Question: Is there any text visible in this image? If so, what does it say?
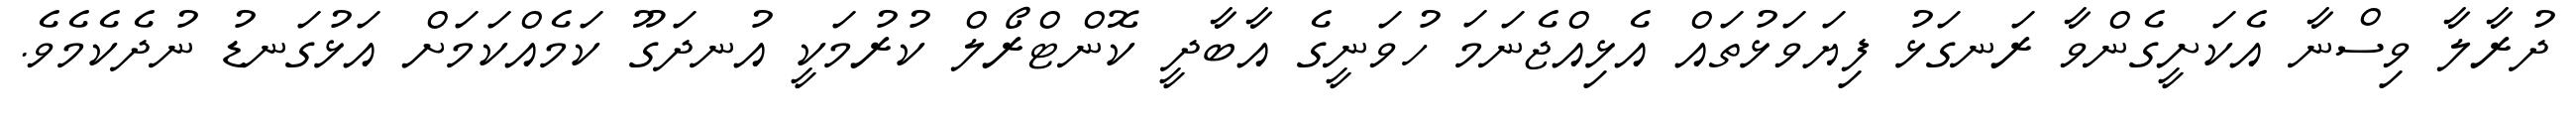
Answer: ދުރާލާ ވިސްނާ އެކަށީގެންވާ ރަނގަޅު ފިޔަވަޅުތައް އެޅިއްޖެނަމަ ހުވަނީގެ އާބާދީ ކޮންޓްރޯލް ކުރުމަކީ އުނދަގޫ ކަމެއްކަމަށް އަޅުގަނޑު ނުދެކެމެވެ.